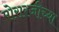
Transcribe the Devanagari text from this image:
मोरारजीच्या